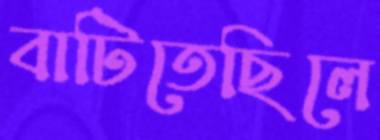
বাটিতেছিলে